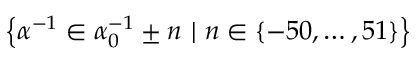
\left\lbrace \alpha ^ { - 1 } \in \alpha _ { 0 } ^ { - 1 } \pm n \ | \ n \in \left\lbrace - 5 0 , \ldots , 5 1 \right\rbrace \right\rbrace